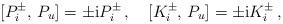
LaTeX: \begin{align*}{} [P_i^\pm,\,P_u]=\pm {\rm i}P_i^\pm\,,\quad{} [K_i^\pm,\,P_u]=\pm {\rm i}K_i^\pm\,,\end{align*}